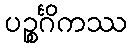
ပဉ္စင်္ဂိကဿ